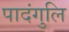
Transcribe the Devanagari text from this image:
पादंगुलि